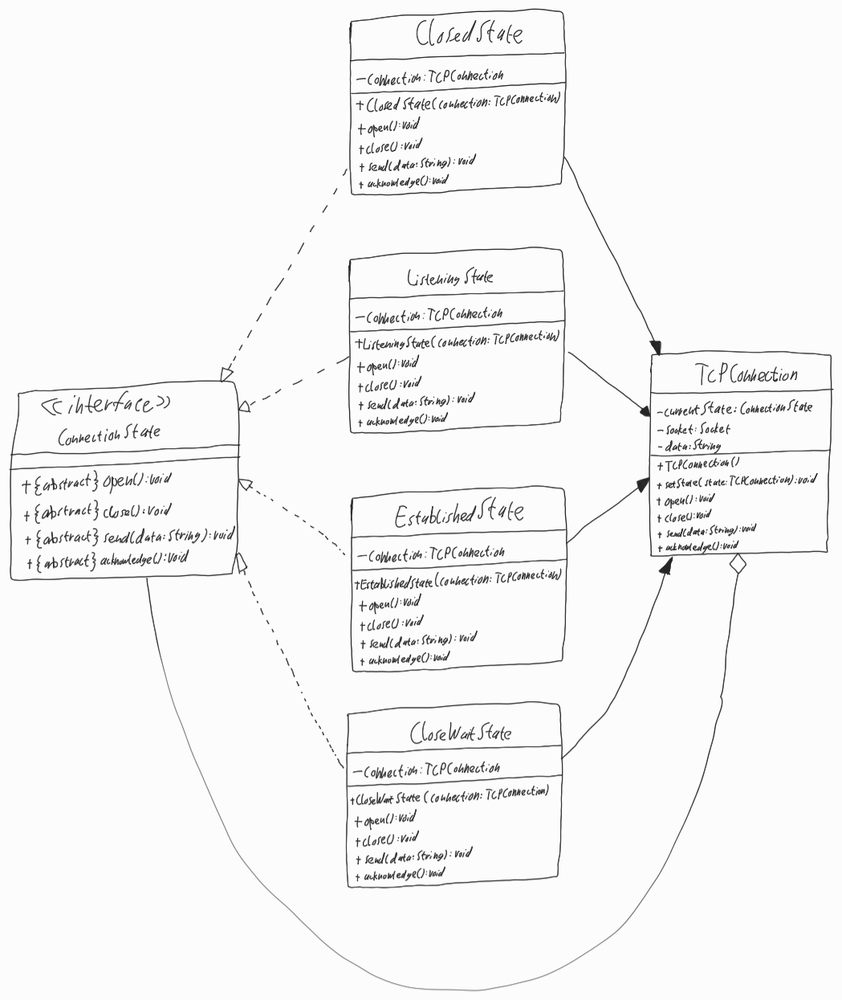
Diagram type: class_diagram
```plantuml
@startuml

left to right direction

interface ConnectionState {
  + {abstract} open(): void
  + {abstract} close(): void
  + {abstract} send(data: String): void
  + {abstract} acknowledge(): void
}

class ClosedState implements ConnectionState {
  - connection: TCPConnection
  + ClosedState(connection: TCPConnection)
  + open(): void
  + close(): void
  + send(data: String): void
  + acknowledge(): void
}

class ListeningState implements ConnectionState {
  - connection: TCPConnection
  + ListeningState(connection: TCPConnection)
  + open(): void
  + close(): void
  + send(data: String): void
  + acknowledge(): void
}

class EstablishedState implements ConnectionState {
  - connection: TCPConnection
  + EstablishedState(connection: TCPConnection)
  + open(): void
  + close(): void
  + send(data: String): void
  + acknowledge(): void
}

class CloseWaitState implements ConnectionState {
  - connection: TCPConnection
  + CloseWaitState(connection: TCPConnection)
  + open(): void
  + close(): void
  + send(data: String): void
  + acknowledge(): void
}

class TCPConnection {
  - currentState: ConnectionState
  - socket: Socket
  - data: String
  + TCPConnection()
  + setState(state: TCPConnection): void
  + open(): void
  + close(): void
  + send(data: String): void
  + acknowledge(): void
}

TCPConnection o-- ConnectionState

ClosedState --> TCPConnection

ListeningState --> TCPConnection

EstablishedState --> TCPConnection

CloseWaitState --> TCPConnection

@enduml
```